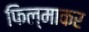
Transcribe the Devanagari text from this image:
फिल्माकर